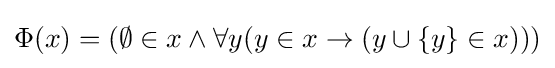
\Phi (x)=(\emptyset \in x\wedge \forall y(y\in x\to (y\cup \{y\}\in x)))